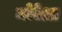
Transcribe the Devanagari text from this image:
मोरेआ